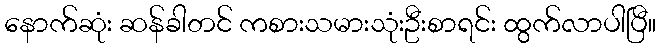
နောက်ဆုံး ဆန်ခါတင် ကစားသမားသုံးဦးစာရင်း ထွက်လာပါပြီ။